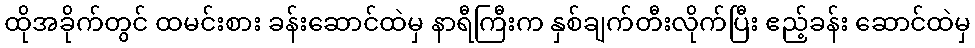
ထိုအခိုက်တွင် ထမင်းစား ခန်းဆောင်ထဲမှ နာရီကြီးက နှစ်ချက်တီးလိုက်ပြီး ဧည့်ခန်း ဆောင်ထဲမှ